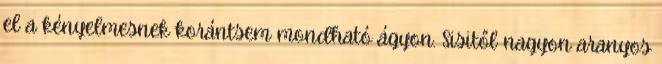
el a kényelmesnek korántsem mondható ágyon. Sisitől nagyon aranyos